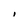
Character: i